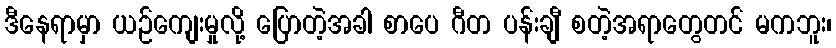
ဒီနေရာမှာ ယဉ်ကျေးမှုလို့ ပြောတဲ့အခါ စာပေ ဂီတ ပန်းချီ စတဲ့အရာတွေတင် မကဘူး၊